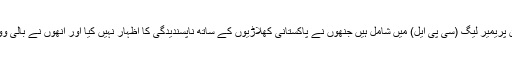
بھارتی کرکٹ کے سرمایہ کار کیریبین پریمیر لیگ (سی پی ایل) میں شامل ہیں جنھوں نے پاکستانی کھلاڑیوں کے ساتھ ناپسندیدگی کا اظہار نہیں کیا اور انھوں نے بالی ووڈ اسٹار شارخ خان کو بھی شامل کرلیا۔